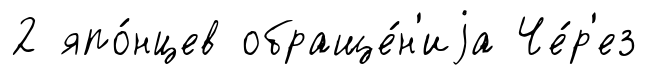
2 япо́нцев обраще́н'иjа Че́р'ез